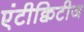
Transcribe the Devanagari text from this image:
एंटीक्विटीज